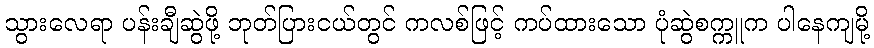
သွားလေရာ ပန်းချီဆွဲဖို့ ဘုတ်ပြားငယ်တွင် ကလစ်ဖြင့် ကပ်ထားသော ပုံဆွဲစက္ကူက ပါနေကျမို့